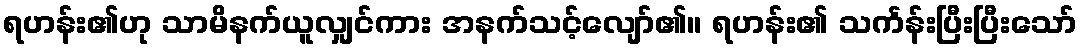
ရဟန်း၏ဟု သာမိနက်ယူလျှင်ကား အနက်သင့်လျော်၏။ ရဟန်း၏ သင်္ကန်းပြီးပြီးသော်